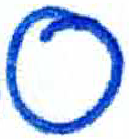
אות: ס